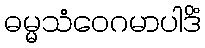
ဓမ္မသံဝေဂမာပါဒိံ